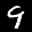
Label: 9